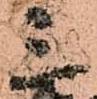
三